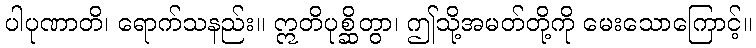
ပါပုဏာတိ၊ ရောက်သနည်း။ ဣတိပုစ္ဆိတွာ၊ ဤသို့အမတ်တို့ကို မေးသောကြောင့်။